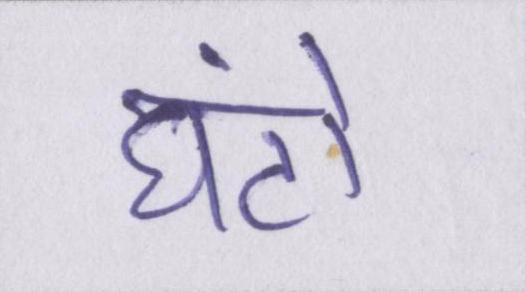
घंटों